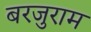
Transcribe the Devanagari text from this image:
बरजुराम